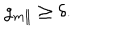
g _ { m \parallel } \geq \delta .